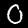
Label: 0